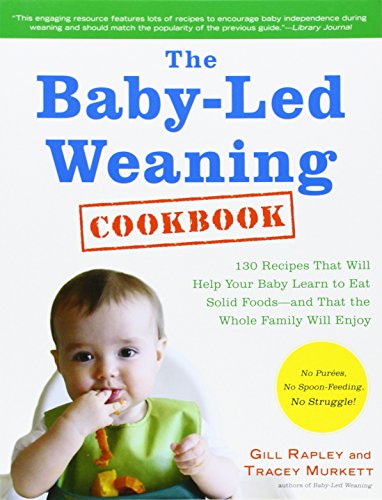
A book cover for The Baby-Led Weaning Cookbook: 130 Recipes That Will Help Your Baby Learn to Eat Solid Foodsand That the Whole Family Will Enjoy; Gill Rapley; Cookbooks, Food & Wine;